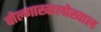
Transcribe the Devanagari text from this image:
वोल्गाखालोखाल